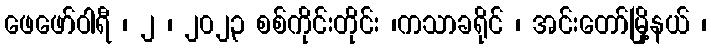
ဖေဖော်ဝါရီ ၊ ၂ ၊ ၂၀၂၃ စစ်ကိုင်းတိုင်း ၊ကသာခရိုင် ၊ အင်းတော်မြို့နယ် ၊